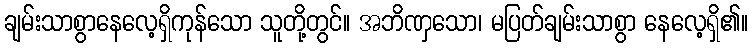
ချမ်းသာစွာနေလေ့ရှိကုန်သော သူတို့တွင်။ အဘိဏှသော၊ မပြတ်ချမ်းသာစွာ နေလေ့ရှိ၏။